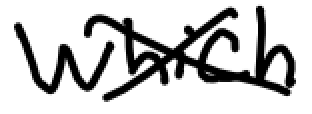
Text: which
Cross-out: cross
Writing tool: digital_black